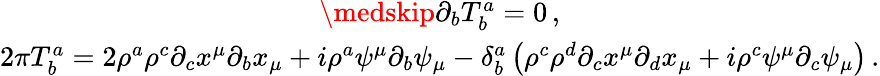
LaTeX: \begin{array}{c}{{\medskip\partial_{b}T_{b}^{a}=0\, ,}}\\ {{2\pi T_{b}^{a}=2\rho^{a}\rho^{c}\partial_{c}x^{\mu}\partial_{b}x_{\mu}+i\rho^{a}\psi^{\mu}\partial_{b}\psi_{\mu}-\delta_{b}^{a}\left(\rho^{c}\rho^{d}\partial_{c}x^{\mu}\partial_{d}x_{\mu}+i\rho^{c}\psi^{\mu}\partial_{c}\psi_{\mu}\right)\, .}}\end{array}